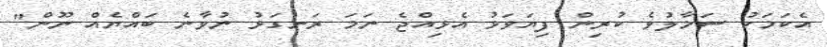
އެކަމަކު ސަމާލުވެ ކުރިން ފިޔަވަޅު އެޅިއްޖެ ނަމަ ރަނގަޅު ނުވާނެ ބައްޔެއް ނޫން"